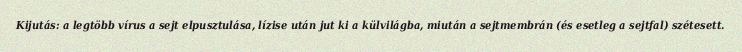
Kijutás: a legtöbb vírus a sejt elpusztulása, lízise után jut ki a külvilágba, miután a sejtmembrán (és esetleg a sejtfal) szétesett.